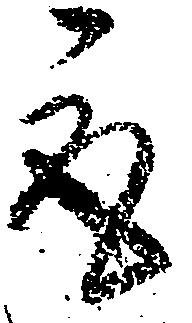
取